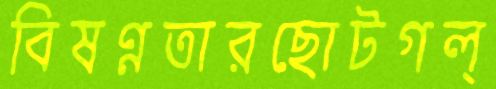
বিষণ্নতারছোটগল্